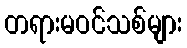
တရားမဝင်သစ်များ